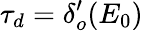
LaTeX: \tau_{d}=\delta_{o}^{\prime}(E_{0})